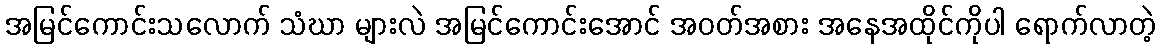
အမြင်ကောင်းသလောက် သံဃာ များလဲ အမြင်ကောင်းအောင် အဝတ်အစား အနေအထိုင်ကိုပါ ရောက်လာတဲ့